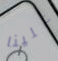
علينا